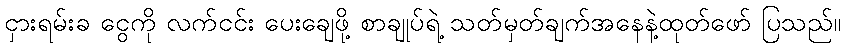
ငှားရမ်းခ ငွေကို လက်ငင်း ပေးချေဖို့ စာချုပ်ရဲ့ သတ်မှတ်ချက်အနေနဲ့ထုတ်ဖော် ပြသည်။